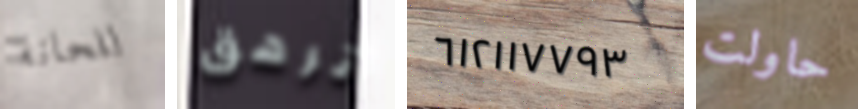
للحانة ترهق ٦١٢١١٧٧٩٣ حاولت